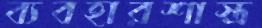
ব্যবহারশাস্ত্র